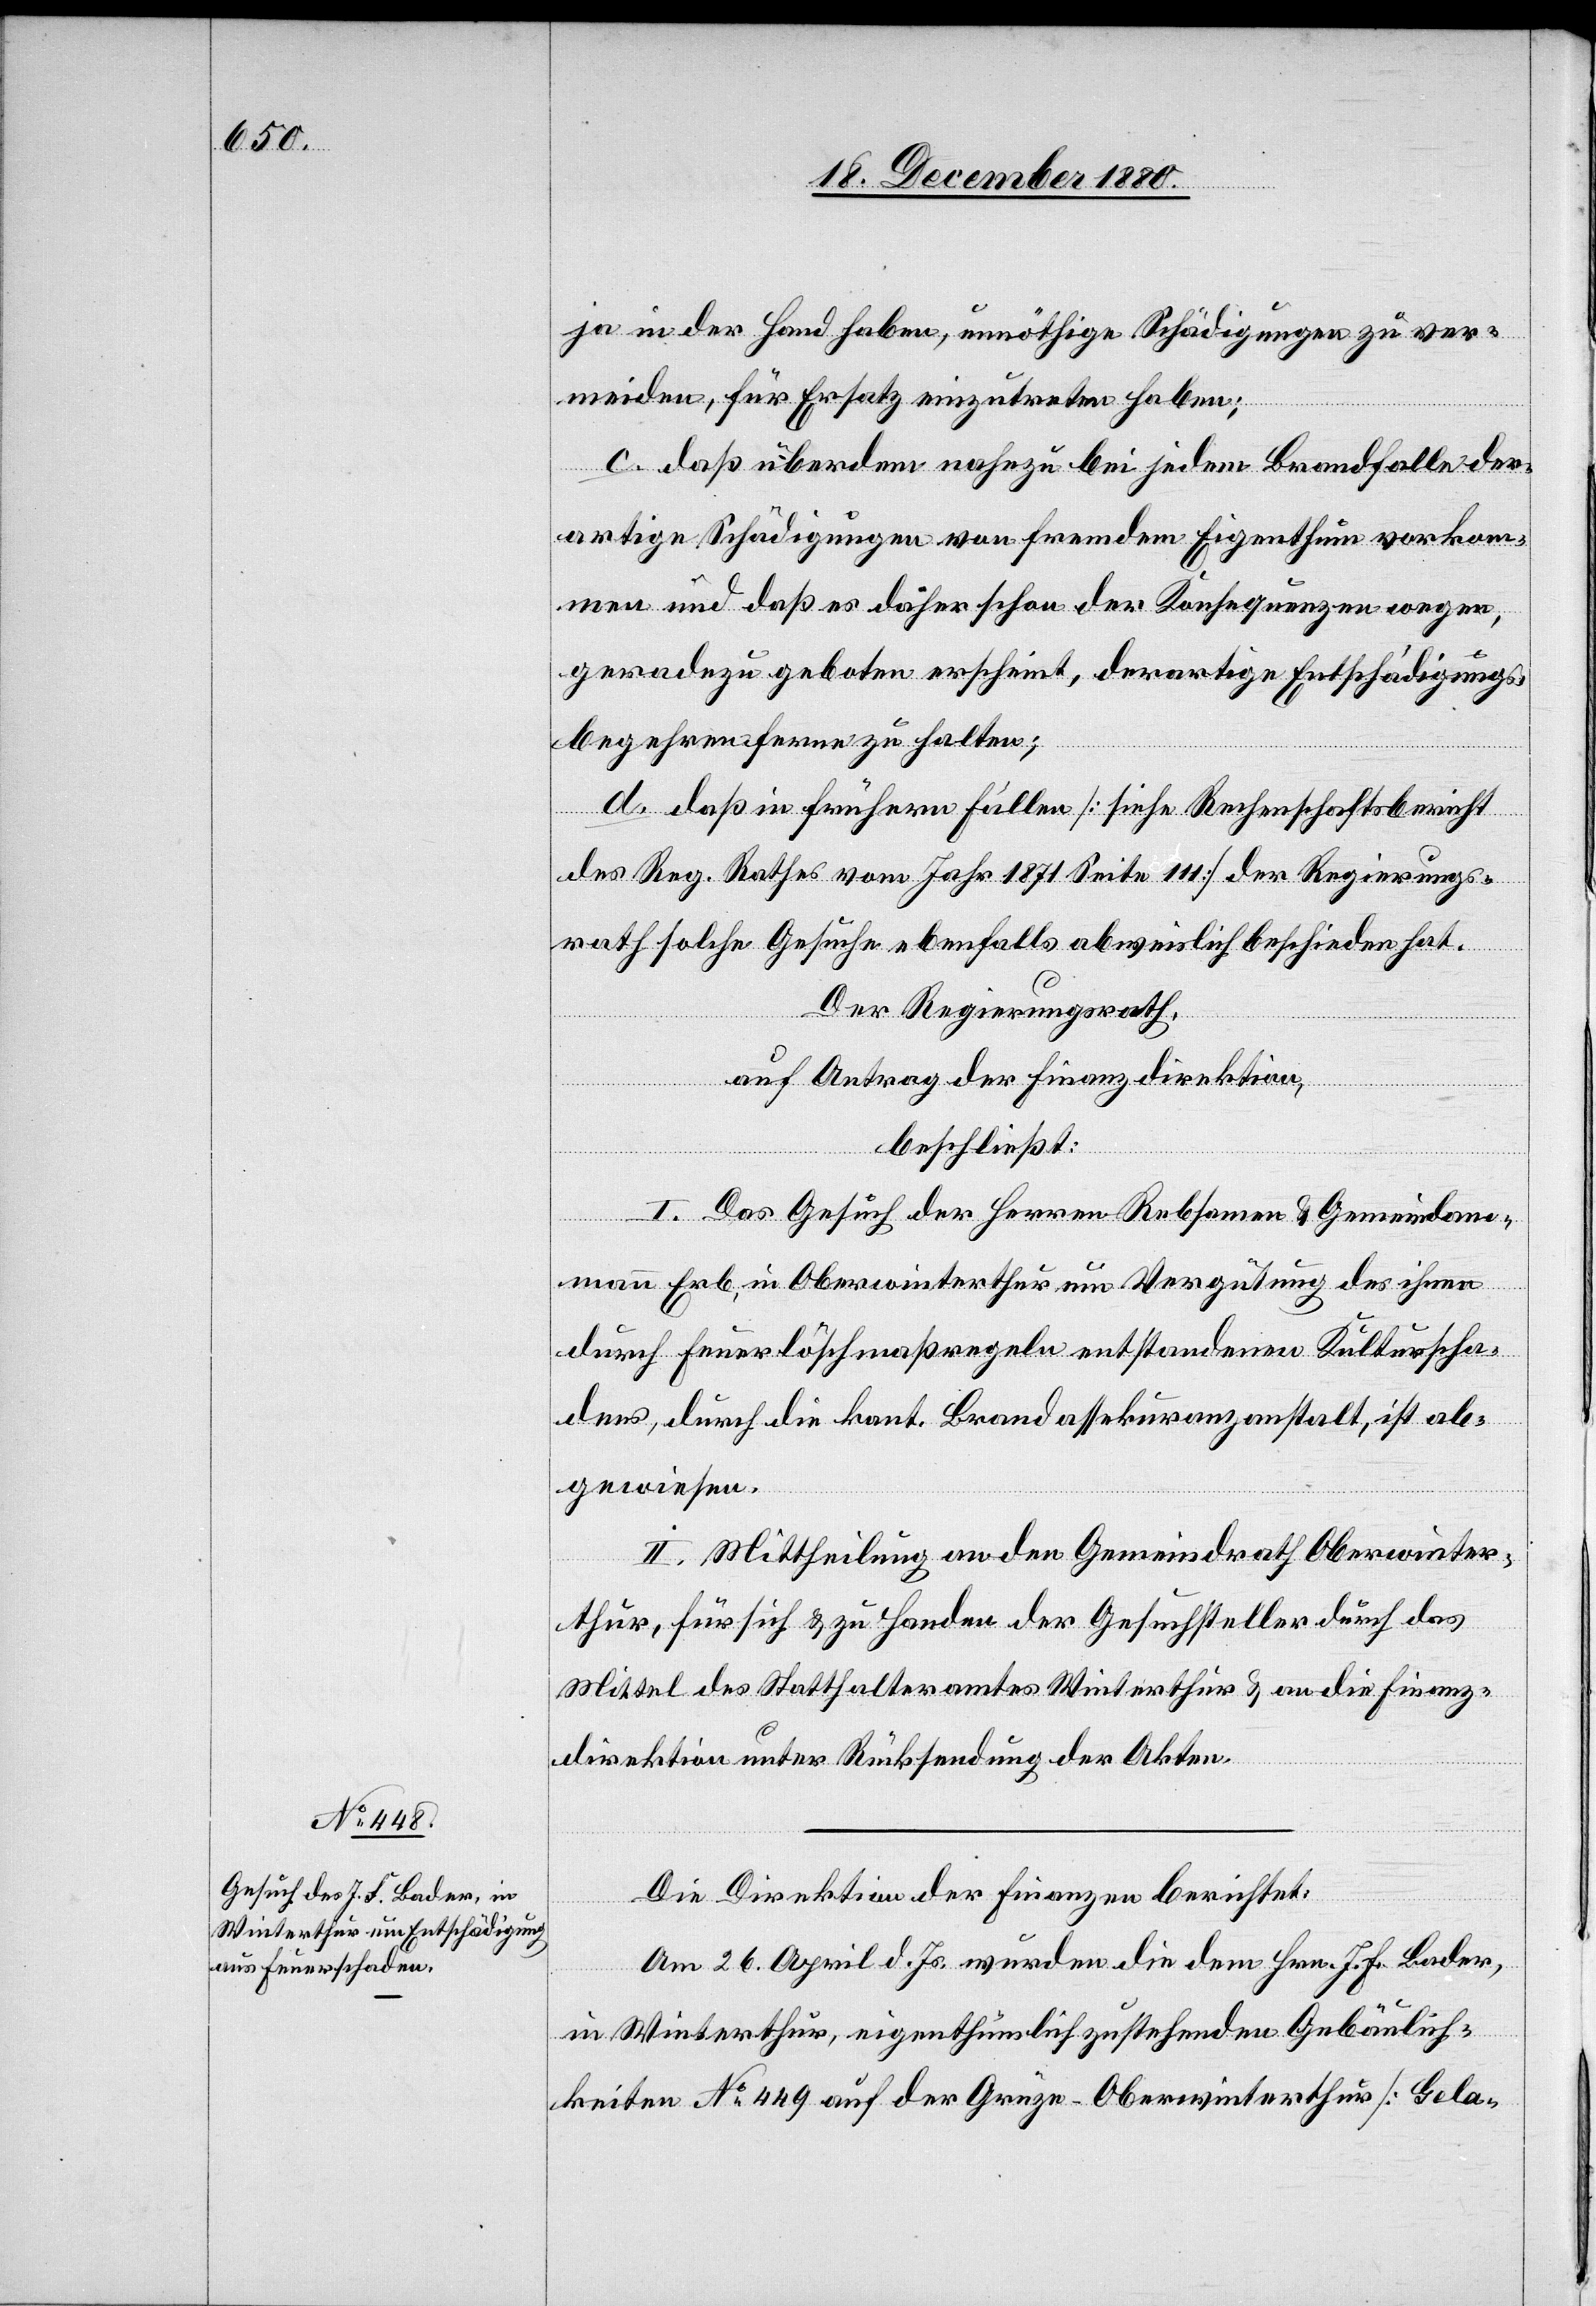
in der Hand haben, unnöthige Schädigungen zu ver¬
meiden, für Ersatz einzutreten haben;
c. daß überdem nahezu bei jedem Brandfalle der¬
artige Schädigungen von fremden Eigenthum vorkom¬
men und daß es daher schon der Konsequenzen wegen,
geradezu geboten erscheint, derartige Entschädigungs¬
begehren ferne zu halten;
d. daß in frühern Fällen [siehe Rechenschaftsbericht
des Reg. Rathes vom Jahr 1871 Seite 111] der Regierungs¬
rath solche Gesuche ebenfalls abweislich beschieden hat.
Der Regierungsrath,
auf Antrag der Finanzdirektion,
beschließt:
I. Das Gesuch der Herren Rebsamen & Gemeindam¬
mann Erb, in Oberwinterthur um Vergütung des ihnen
durch Feuerlöschmaßregeln entstandenen Kulturscha¬
dens, durch die kant. Brandassekuranzanstalt, ist ab¬
gewiesen.
II. Mittheilung an den Gemeindrath Oberwinter¬
thur, für sich & zu Handen der Gesuchsteller durch das
Mittel des Statthalteramtes Winterthur & an die Finanz¬
direktion unter Rücksendung der Akten.
Die Direktion der Finanzen berichtet:
Am 26. April d. Js. wurden die dem Hrn. J. F. Bader,
in Winterthur, eigenthümlich zustehenden Gebäulich¬
keiten No 449 auf der Grüze - Oberwinterthur [Gela-